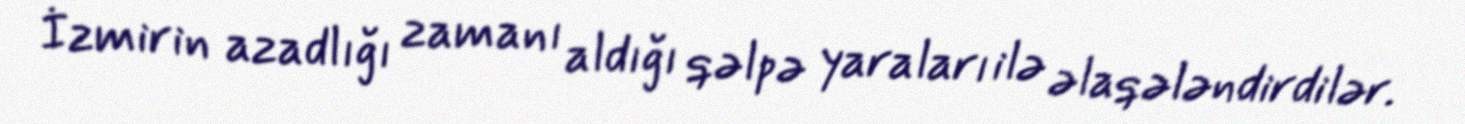
İzmirin azadlığı zamanı aldığı qəlpə yaraları ilə əlaqələndirdilər.